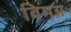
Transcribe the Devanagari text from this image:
विमग्न